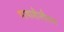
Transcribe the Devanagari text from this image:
भाषाशैलीतच